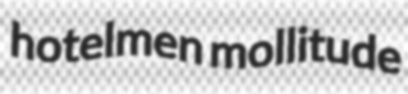
hotelmen mollitude